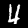
Label: 4